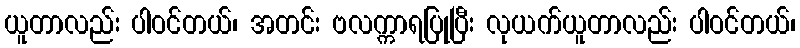
ယူတာလည်း ပါဝင်တယ်၊ အတင်း ဗလက္ကာရပြုပြီး လုယက်ယူတာလည်း ပါဝင်တယ်၊